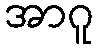
အာဂူ